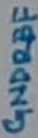
Text: GNDREF